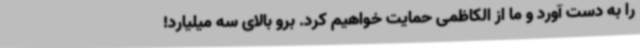
را به دست آورد و ما از الکاظمی حمایت خواهیم کرد. برو بالای سه میلیارد!